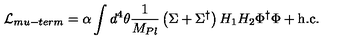
{ \cal L } _ { m u - t e r m } = \alpha \int d ^ { 4 } \theta { \frac { 1 } { M _ { P l } } } \left( \Sigma + \Sigma ^ { \dagger } \right) H _ { 1 } H _ { 2 } \Phi ^ { \dagger } \Phi + \mathrm { h . c . }